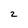
Character: 2